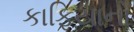
કાફિયાનો